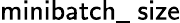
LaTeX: \textsf{minibatch\_ size}